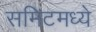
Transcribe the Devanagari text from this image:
समिटमध्ये